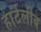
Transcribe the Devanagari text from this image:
हार्टलीब